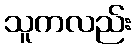
သူကလည်း